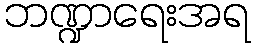
ဘဏ္ဍာရေးအရ